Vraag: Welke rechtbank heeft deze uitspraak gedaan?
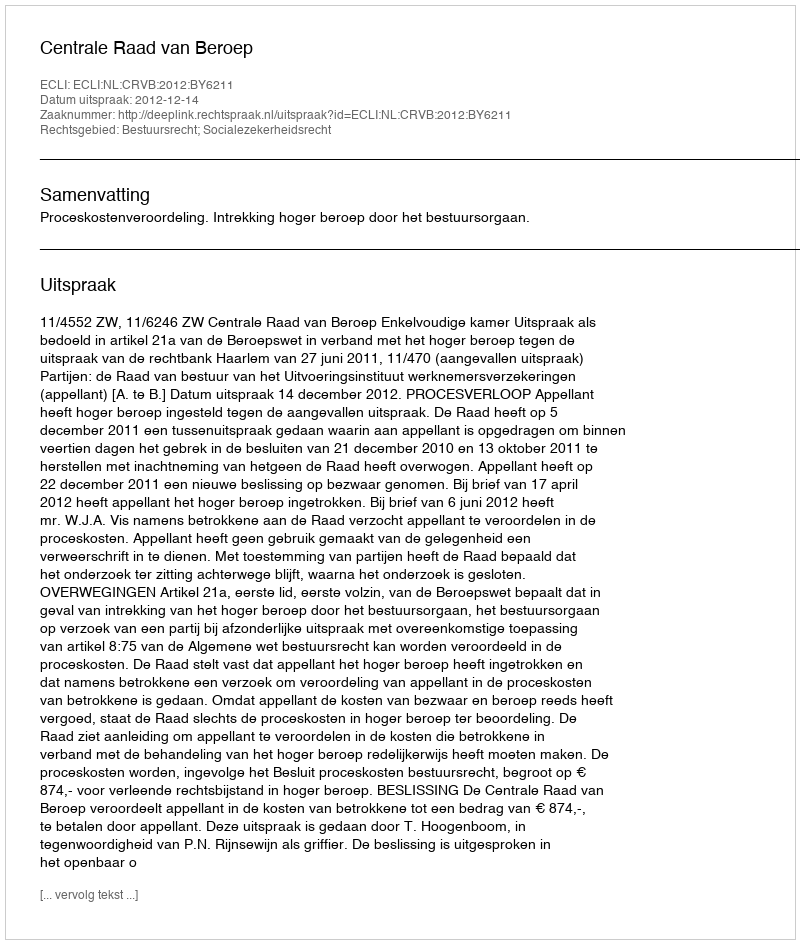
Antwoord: Centrale Raad van Beroep